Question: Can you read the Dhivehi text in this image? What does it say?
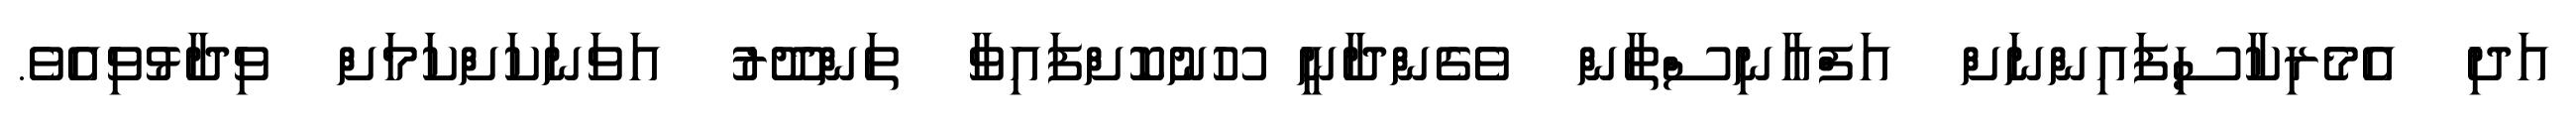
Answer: އަދި އެމެރިކާސިފައިންނަށް އަފްޣާނިސްތާން ވެގެންދާނީ ހޫނުކޮށްފައިވާ ތަންދޫރު އަވަނަކަށްކަމަށް ވިދާޅުވިއެވެ.